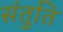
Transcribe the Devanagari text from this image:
संतुति